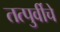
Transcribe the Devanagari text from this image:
तत्पुर्वीचे